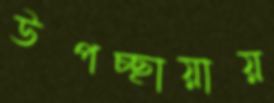
উপচ্ছায়ায়